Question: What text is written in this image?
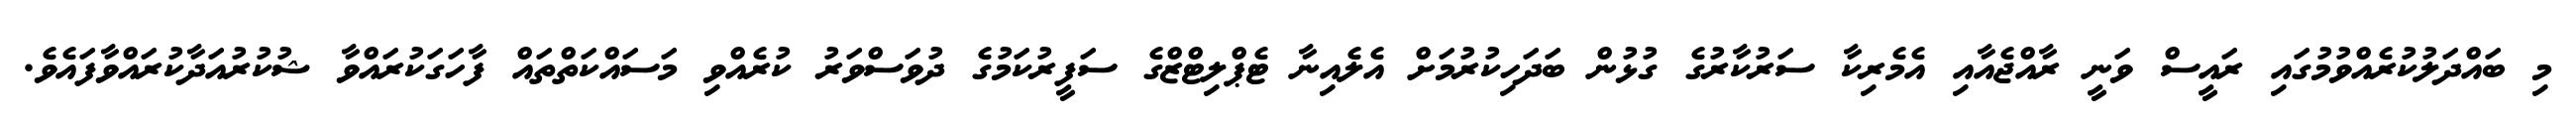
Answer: މި ބައްދަލުކުރެއްވުމުގައި ރައީސް ވަނީ ރާއްޖެއާއި އެމެރިކާ ސަރުކާރުގެ ގުޅުން ބަދަހިކުރުމަށް އެލެއިނާ ޓެޕްލިޓްޒްގެ ސަފީރުކަމުގެ ދުވަސްވަރު ކުރެއްވި މަސައްކަތްތައް ފާހަގަކުރައްވާ ޝުކުރުއަދާކުރައްވާފައެވެ.